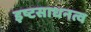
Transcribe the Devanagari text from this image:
इष्टसाधनत्व